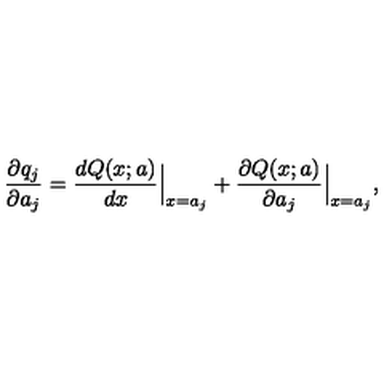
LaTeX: { \frac { \partial q _ { j } } { \partial a _ { j } } } = { \frac { d Q ( x ; a ) } { d x } } \Bigr \vert _ { x = a _ { j } } + { \frac { \partial Q ( x ; a ) } { \partial a _ { j } } } \Bigr \vert _ { x = a _ { j } } ,